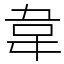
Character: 韋